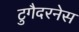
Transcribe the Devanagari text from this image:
टुगैदरनेस